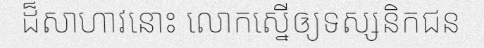
ដ៏សាហាវនោះ លោកស្នើឲ្យទស្សនិកជន